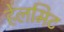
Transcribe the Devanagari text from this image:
हेलमिट